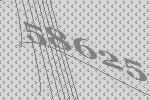
58625